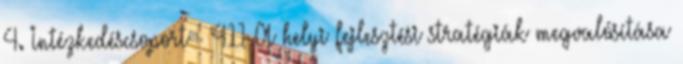
4. Intézkedéscsoport - 411 A helyi fejlesztési stratégiák megvalósítása